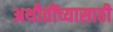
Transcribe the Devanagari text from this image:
अथीतींच्यासाठी